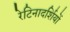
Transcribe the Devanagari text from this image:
रेटिनादर्शियों